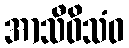
အာသီဝိသံဝ